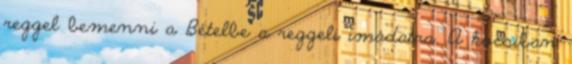
reggel bemenni a Bételbe a reggeli imádatra. A kocsiban